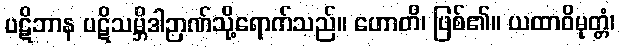
ပဋိဘာန ပဋိသမ္ဘိဒါဉာဏ်သို့ရောက်သည်။ ဟောတိ၊ ဖြစ်၏။ ယထာဝိမုတ္တံ၊